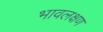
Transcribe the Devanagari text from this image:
भावलक्षण